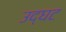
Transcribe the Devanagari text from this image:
उद्घट